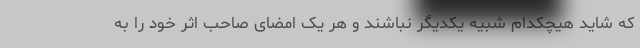
که شاید هیچکدام شبیه یکدیگر نباشند و هر یک امضای صاحب اثر خود را به